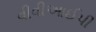
વીવીઆઈપી